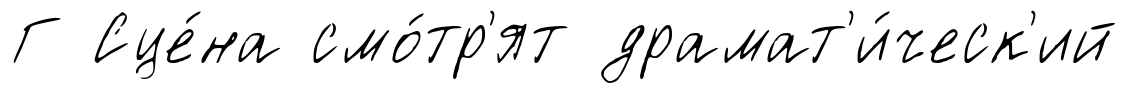
Г Сце́на смо́тр'ят драмат'и́ческ'ий